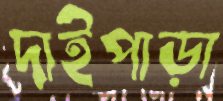
দাইপাড়া